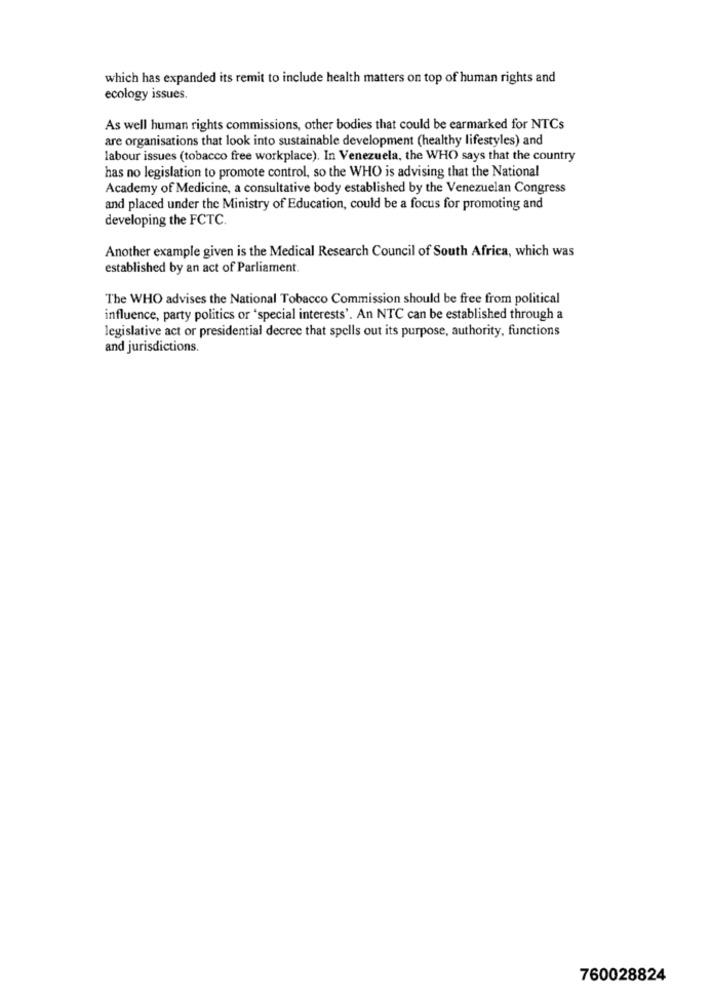
which has expanded its remit to include health matters on top of human rights and
ecology issues.
As well human rights commissions, other bodies that could be earmarked for NTCs
are organisations that look into sustainable development (healthy lifestyles) and
labour issues (tobacco free workplace). In Venezuela, the WHO says that the country
has no legislation to promote control, so the WHO is advising that the National
Academy of Medicine, a consultative body established by the Venezuelan Congress
and placed under the Ministry of Education, could be a focus for promoting and
developing the FCTC.
Another example given is the Medical Research Council of South Africa, which was
established by an act of Parliament.
The WHO advises the National Tobacco Commission should be free from political
influence, party politics or 'special interests'. An NTC can be established through a
legislative act or presidential decree that spells out its purpose, authority, functions
and jurisdictions.
760028824